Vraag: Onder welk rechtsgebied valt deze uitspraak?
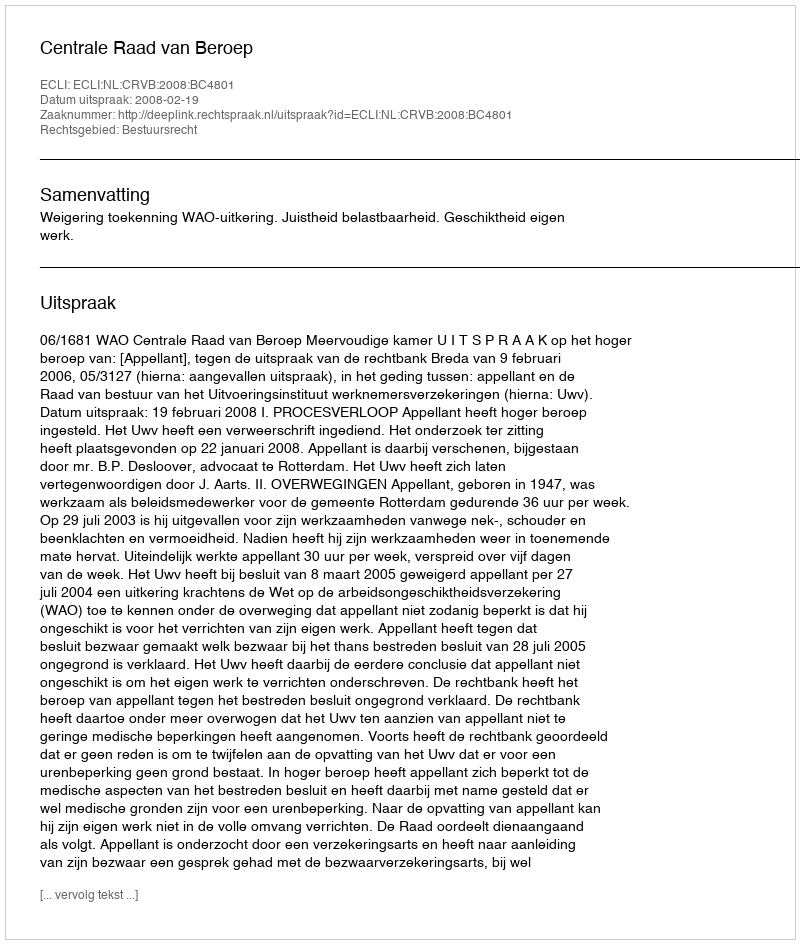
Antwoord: Bestuursrecht